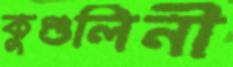
কুণ্ডলিনী